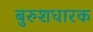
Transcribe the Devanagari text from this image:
बुरुशधारक